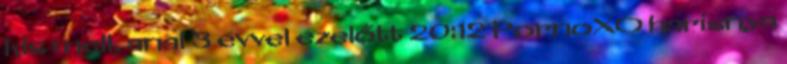
kis mell, anal 3 évvel ezelőtt 20:12 PornoXO harisnya